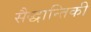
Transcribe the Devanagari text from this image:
सैद्धान्तिकी